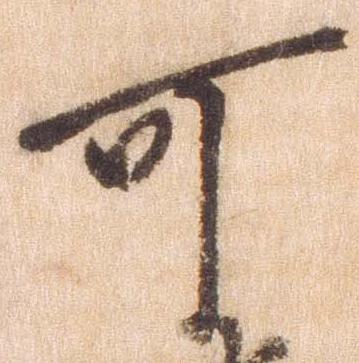
可